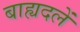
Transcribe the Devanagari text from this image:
बाह्यदलें